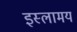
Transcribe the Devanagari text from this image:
इस्लामय